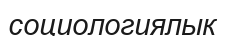
социологиялык